Medical and sanitary report of the native army of Bengal for the year
Year: 1876
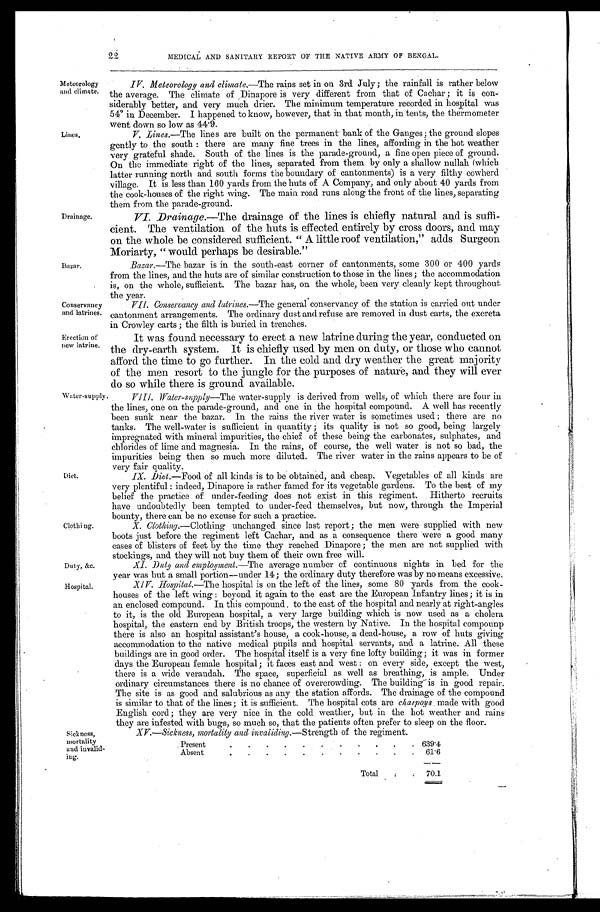
Conservancy
and latrines.
Erection of
new latrine.
Duty, &c.
Hospital.
XV.—Sickness, mortality and invaliding. —Strength of the regiment.
Present
.
. .
. .
. .
. .
.
. 639.4
A b s e n t . . . . . . . . . . .
6 1 . 6
Total
70.1
Sickness,
mortality
and invalid-
ing.
22 MEDICAL AND SANITARY REPORT OF THE NATIVE ARMY OF BENGAL.
Meteorology
and climate.
Lines.
Drainage.
Bazar.
Water-supply.
Diet.
IV. Meteorology and climate. —The rains set in on 3rd July ; the rainfall is rather below
the average. The climate of Dinapore is very different from that of Cachar ; it is
con-siderably better, and very much drier. The minimum temperature recorded in hospital was
54° in December. I happened to know, however, that in that month, in tents, the thermometer
went down so low as 44.9.
V. Lines.—The lines are built on the permanent bank of the Ganges ; the ground slopes
gently to the south : there are many fine trees in the lines, affording in the hot weather
very grateful shade. South of the lines is the parade-ground, a fine open piece of ground.
On the immediate right of the lines, separated from them by only a shallow nullah (which
latter running north and south forms the boundary of cantonments) is a very filthy cowherd
village. It is less than 160 yards from the huts of A Company, and only about 40 yards from
the cook-houses of the right wing. The main road runs along the front of the lines, separating
them from the parade-ground.
VI. Drainage.—The drainage of the lines is chiefly natural and is suffi
-cient. The ventilation of the huts is effected entirely by cross doors, and may
on the whole be considered sufficient. "A little roof ventilation," adds Surgeon
Moriarty, " would perhaps be desirable."
Bazar.—The bazar is in the south-east corner of cantonments, some 300 or 400 yards
from the lines, and the huts are of similar construction to those in the lines ; the accommodation
is, on the whole, sufficient. The bazar has, on the whole, been very cleanly kept throughout
the year.
VII. Conservancy and latrines. —The general conservancy of the station is carried out under
cantonment arrangements. The ordinary dust and refuse are removed in dust carts, the excreta
in Crowley carts ; the filth is buried in trenches.
It was found necessary to erect a new latrine during the year, conducted on
the dry-earth system. It is chiefly used by men on duty, or those who cannot
afford the time to go further. In the cold and dry weather the great majority
of the men resort to the jungle for the purposes of nature, and they will ever
do so while there is ground available.
VIII. Water-supply—The water-supply is derived from wells, of which there are four in
the lines, one on the parade-ground, and one in the hospital compound. A well has recently
been sunk near the bazar. In the rains the river water is sometimes used ; there are no
tanks. The well-water is sufficient in quantity ; its quality is not so good, being largely
impregnated with mineral impurities, the chief of these being the carbonates, sulphates, and
chlorides of lime and magnesia. In the rains, of course, the well water is not so bad, the
impurities being then so much more diluted. The river water in the rains appears to be of
very fair quality.
IX. Diet. —Food of all kinds is to be obtained, and cheap. Vegetables of all kinds are
very plentiful : indeed, Dinapore is rather famed for its vegetable gardens. To the best of my
belief the practice of under-feeding does not exist in this regiment. Hitherto recruits
have undoubtedly been tempted to under-feed themselves, but now, through the Imperial
bounty, there can be no excuse for such a practice.
Clothing.
X. Clothing.—Clothing unchanged since last report ; the men were supplied with new
boots just before the regiment left Cachar, and as a consequence there were a good many
cases of blisters of feet by the time they reached Dinapore ; the men are not supplied with
stockings, and they will not buy them of their own free will.
XI. Duty and employment.—The average number of continuous nights in bed for the
year was but a small portion–under 14 ; the ordinary duty therefore was by no means excessive.
XIV. Hospital. —The hospital is on the left of the lines, some 80 yards from the cook
-houses of the left wing : beyond it again to the east are the European Infantry lines ; it is in
an enclosed compound. In this compound, to the east of the hospital and nearly at right-angles
to it, is the old European hospital, a very large building which is now used as a cholera
hospital, the eastern end by British troops, the western by Native. In the hospital compounp
there is also an hospital assistant's house, a cook-house, a dead-house, a row of huts giving
accommodation to the native medical pupils and hospital servants, and a latrine. All these
buildings are in good order. The hospital itself is a very fine lofty building ; it was in former
days the European female hospital ; it faces east and west : on every side, except the west,
there is a wide verandah. The space, superficial as well as breathing, is ample. Under
ordinary circumstances there is no chance of overcrowding. The building is in good repair.
The site is as good and salubrious as any the station affords. The drainage of the compound
is similar to that of the lines ; it is sufficient. The hospital cots are charpoys made with good
English cord ; they are very nice in the cold weather, but in the hot weather and rains
they are infested with bugs. so much so, that the patients often prefer to sleep on the floor.